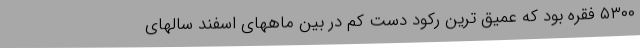
۵۳۰۰ فقره بود که عمیق ترین رکود دست کم در بین ماههای اسفند سالهای